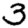
Digit: 3